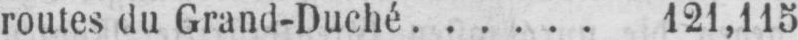
routes du Grand-Duché ...... 121,115